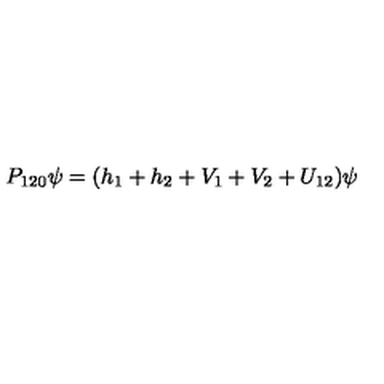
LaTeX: P _ { 1 2 0 } \psi = ( h _ { 1 } + h _ { 2 } + V _ { 1 } + V _ { 2 } + U _ { 1 2 } ) \psi